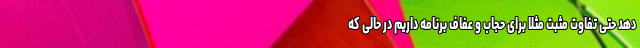
دهد حتی تفاوت مثبت مثلاً برای حجاب و عفاف برنامه داریم در حالی که